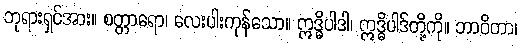
ဘုရားရှင်အား။ စတ္တာရော၊ လေးပါးကုန်သော။ ဣဒ္ဓိပါဒါ၊ ဣဒ္ဓိပါဒ်တို့ကို။ ဘာဝိတာ၊